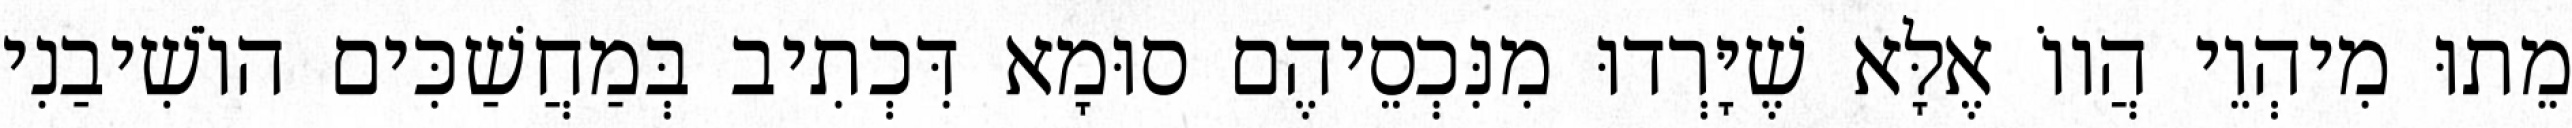
מֵתוּ מִיהְוֵי הֲווֹ אֶלָּא שֶׁיָּרְדוּ מִנִּכְסֵיהֶם סוּמָא דִּכְתִיב בְּמַחֲשַׁכִּים הוֹשִׁיבַנִי